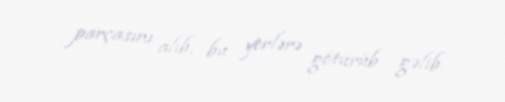
parçasını alıb, bu yerlərə götürüb gəlib.